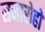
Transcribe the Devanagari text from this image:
समारोहो